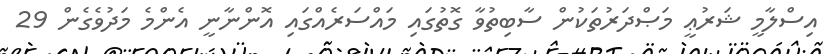
އިސްލާމީ ޝަރުޢީ މަޞްދަރުތަކުން ސާބިތުވާ ގޮތުގައި މައްސަރެއްގައި އޮންނާނީ އެންމެ މަދުވެގެން 29